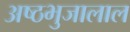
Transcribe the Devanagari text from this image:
अष्ठभुजालाल